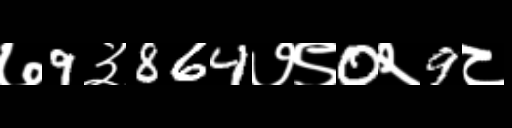
Text: ७9३864७९0२9८